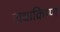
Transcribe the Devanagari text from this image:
राधाक्रिष्ण